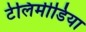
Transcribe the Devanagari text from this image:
टेलिमीडिया